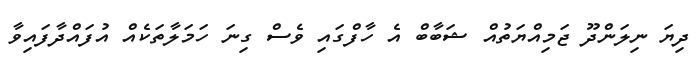
ދިޔަ ނިލަންދޫ ޖަމިއްޔަތުއް ޝަބާބް އެ ހާފްގައި ވެސް ގިނަ ހަމަލާތަކެއް އުފައްދާފައިވާ